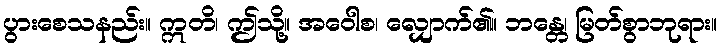
ပွားစေသနည်း။ ဣတိ၊ ဤသို့။ အဝေါစ၊ လျှောက်၏။ ဘန္တေ၊ မြတ်စွာဘုရား။